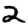
Digit: 2